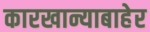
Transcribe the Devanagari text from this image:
कारखान्याबाहेर